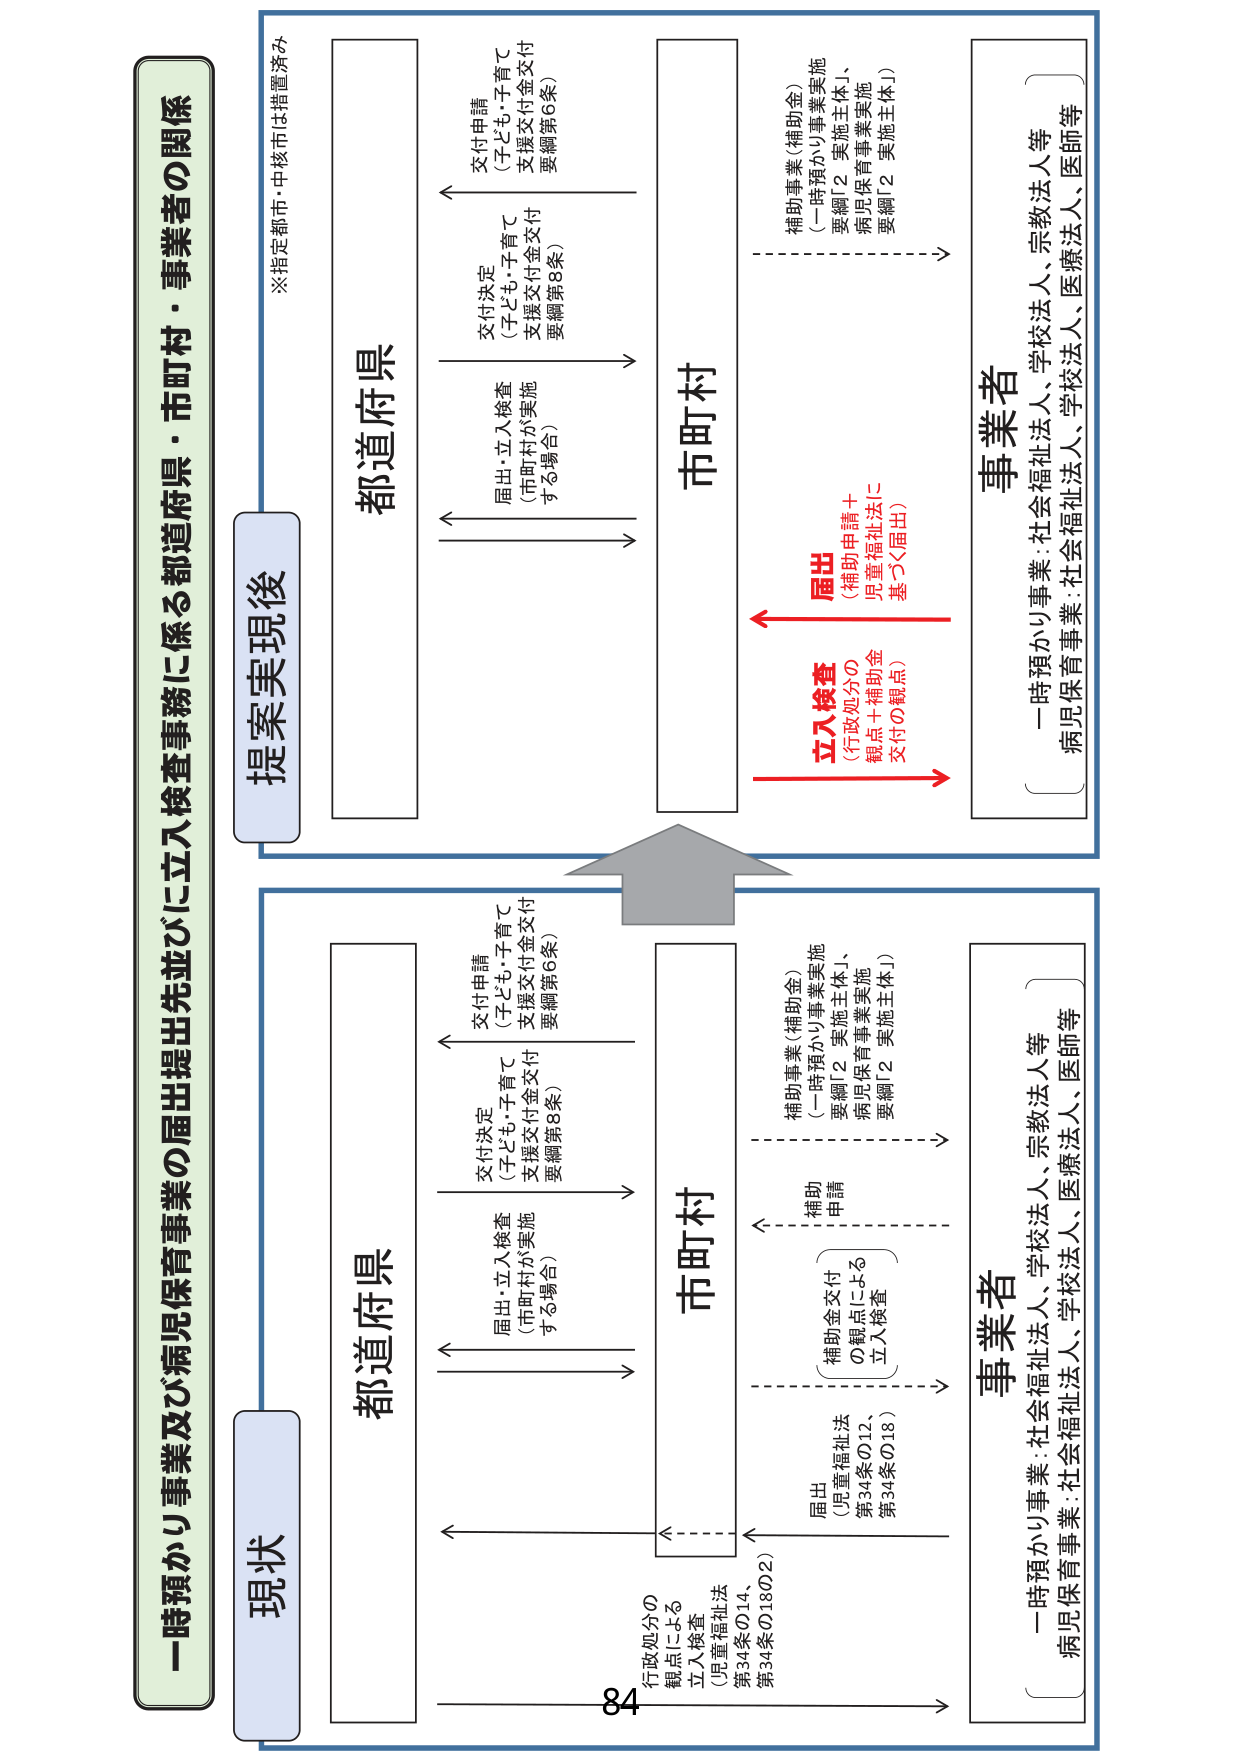
一時預かり事業及び病児保育事業の届出提出を先並びに立入検査事務に係る都道府県・市町村・事業者の関係

現状

都道府県

市町村

事業者

一時預かり事業：社会福祉法人、学校法人、宗教法人等
病児保育事業：社会福祉法人、学校法人、医療法人、医師等

届出
（児童福祉法
第34条の12、
第34条の18）

行政処分の
観点による
立入検査
（児童福祉法
第34条の14、
第34条の18の2）

補助金交付
の観点による
立入検査

補助
申請

補助事業（補助金）
（一時預かり事業実施
要綱「2 実施主体」、
病児保育事業実施
要綱「2 実施主体」）

届出・立入検査
（市町村が実施
する場合）

交付決定
（子ども・子育て
支援交付金交付
要綱第8条）

交付申請
（子ども・子育て
支援交付金交付
要綱第6条）

提案実現後

都道府県

市町村

事業者

一時預かり事業：社会福祉法人、学校法人、宗教法人等
病児保育事業：社会福祉法人、学校法人、医療法人、医師等

立入検査
（行政処分の
観点＋補助金
交付の観点）

届出
（補助申請＋
児童福祉法に
基づく届出）

補助事業（補助金）
（一時預かり事業実施
要綱「2 実施主体」、
病児保育事業実施
要綱「2 実施主体」）

届出・立入検査
（市町村が実施
する場合）

交付決定
（子ども・子育て
支援交付金交付
要綱第8条）

交付申請
（子ども・子育て
支援交付金交付
要綱第6条）

※指定都市・中核市は措置済み

84